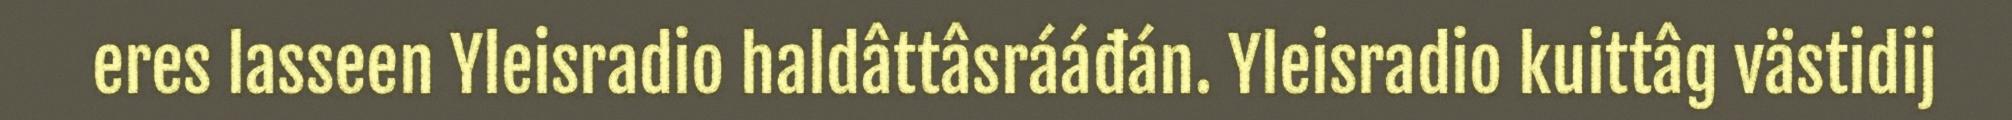
eres lasseen Yleisradio haldâttâsrááđán. Yleisradio kuittâg västidij